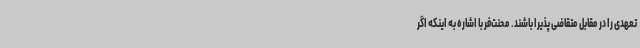
تعهدی را در مقابل متقاضی پذیرا باشند. محنت‌فر با اشاره به اینکه اگر